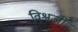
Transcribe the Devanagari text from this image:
विश्वजी